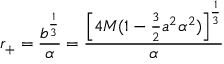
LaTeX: r _ { + } = \frac { b ^ { \frac 1 3 } } { \alpha } = \frac { \left\lbrack 4 M ( 1 - \frac 3 2 a ^ { 2 } \alpha ^ { 2 } ) \right\rbrack ^ { \frac 1 3 } } { \alpha }